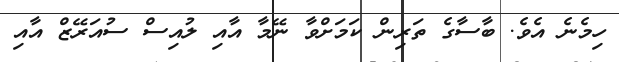
ހިމެނެ އެވެ. ބާސާގެ ތަރިން ކަމަށްވާ ނޭމާ އާއި ލުއިސް ސުއަރޭޒް އާއި